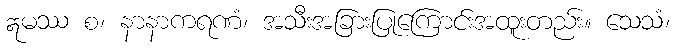
ဣမဿ စ၊ နာနာကရဏံ၊ အသီးအခြားပြုကြောင်းအထူးတည်း။ သေသံ၊